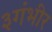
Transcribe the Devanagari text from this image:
३गंभीर